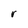
Character: r